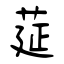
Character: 莚